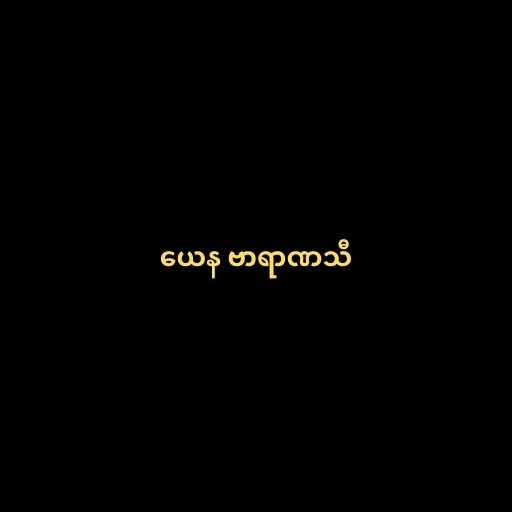
ယေန ဗာရာဏသီ